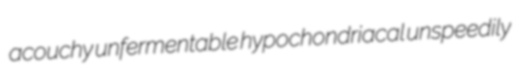
acouchy unfermentable hypochondriacal unspeedily